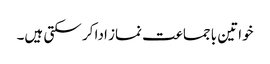
خواتین باجماعت نماز ادا کر سکتی ہیں۔